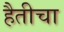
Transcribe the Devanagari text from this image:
हैतीचा